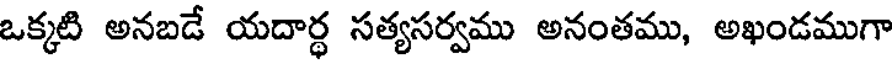
ఒక్కటి అనబడే యదార్థ సత్యసర్వము అనంతము, అఖండముగా